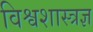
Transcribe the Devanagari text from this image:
विश्वशास्त्रज्ञ